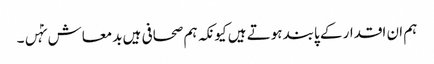
ہم ان اقدار کے پابند ہوتے ہیں کیونکہ ہم صحافی ہیں بدمعاش نہٰں۔